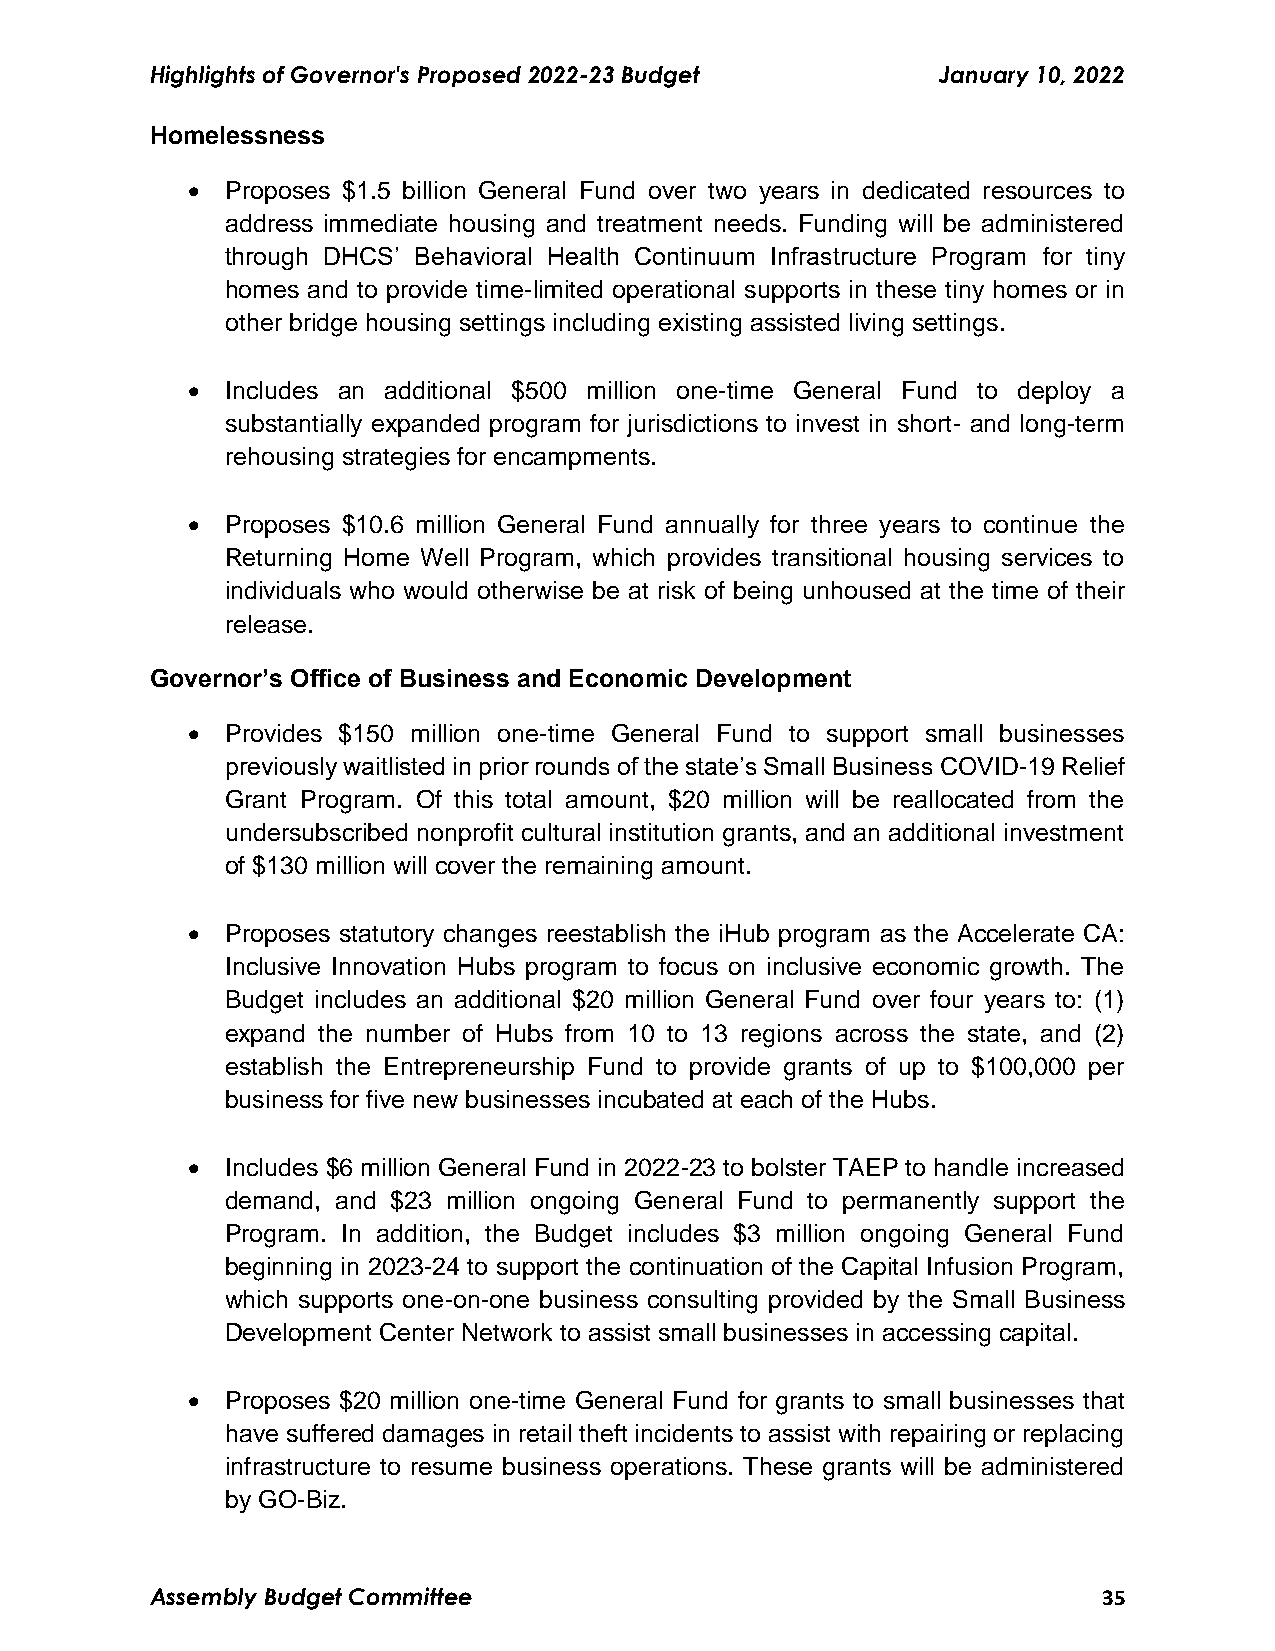
Highlights of Governor's Proposed 2022-23 Budget    January 10, 2022
 Homelessness
   Proposes $1.5 billion General Fund over two years in dedicated resources to
 address immediate housing and treatment needs. Funding will be administered
 through DHCS’ Behavioral Health Continuum Infrastructure Program for tiny
 homes and to provide time-limited operational supports in these tiny homes or in
 other bridge housing settings including existing assisted living settings.
   Includes an additional $500 million one-time General Fund to deploy a
 substantially expanded program for jurisdictions to invest in short- and long-term
 rehousing strategies for encampments.
   Proposes $10.6 million General Fund annually for three years to continue the
 Returning Home Well Program, which provides transitional housing services to
 individuals who would otherwise be at risk of being unhoused at the time of their
 release.
 Governor’s Office of Business and Economic Development
   Provides $150 million one-time General Fund to support small businesses
 previously waitlisted in prior rounds of the state’s Small Business COVID-19 Relief
 Grant Program. Of this total amount, $20 million will be reallocated from the
 undersubscribed nonprofit cultural institution grants, and an additional investment
 of $130 million will cover the remaining amount.
   Proposes statutory changes reestablish the iHub program as the Accelerate CA:
 Inclusive Innovation Hubs program to focus on inclusive economic growth. The
 Budget includes an additional $20 million General Fund over four years to: (1)
 expand the number of Hubs from 10 to 13 regions across the state, and (2)
 establish the Entrepreneurship Fund to provide grants of up to $100,000 per
 business for five new businesses incubated at each of the Hubs.
   Includes $6 million General Fund in 2022-23 to bolster TAEP to handle increased
 demand, and $23 million ongoing General Fund to permanently support the
 Program. In addition, the Budget includes $3 million ongoing General Fund
 beginning in 2023-24 to support the continuation of the Capital Infusion Program,
 which supports one-on-one business consulting provided by the Small Business
 Development Center Network to assist small businesses in accessing capital.
   Proposes $20 million one-time General Fund for grants to small businesses that
 have suffered damages in retail theft incidents to assist with repairing or replacing
 infrastructure to resume business operations. These grants will be administered
 by GO-Biz.
 Assembly Budget Committee                                      35